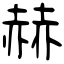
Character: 赫